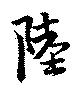
陸